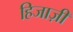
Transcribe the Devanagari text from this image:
हिजाज़ी